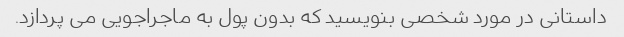
داستانی در مورد شخصی بنویسید که بدون پول به ماجراجویی می پردازد.